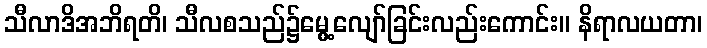
သီလာဒိအဘိရတိ၊ သီလစသည်၌မွေ့လျော်ခြင်းလည်းကောင်း။ နိရာလယတာ၊